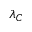
\lambda _ { C }